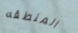
المنطقه